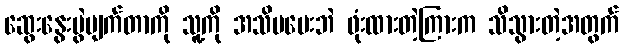
ဆွေးနွေးပွဲပျက်တာကို သူ့ကို အသိမပေးဘဲ ဖုံးထားတဲ့ကြားက သိသွားတဲ့အတွက်